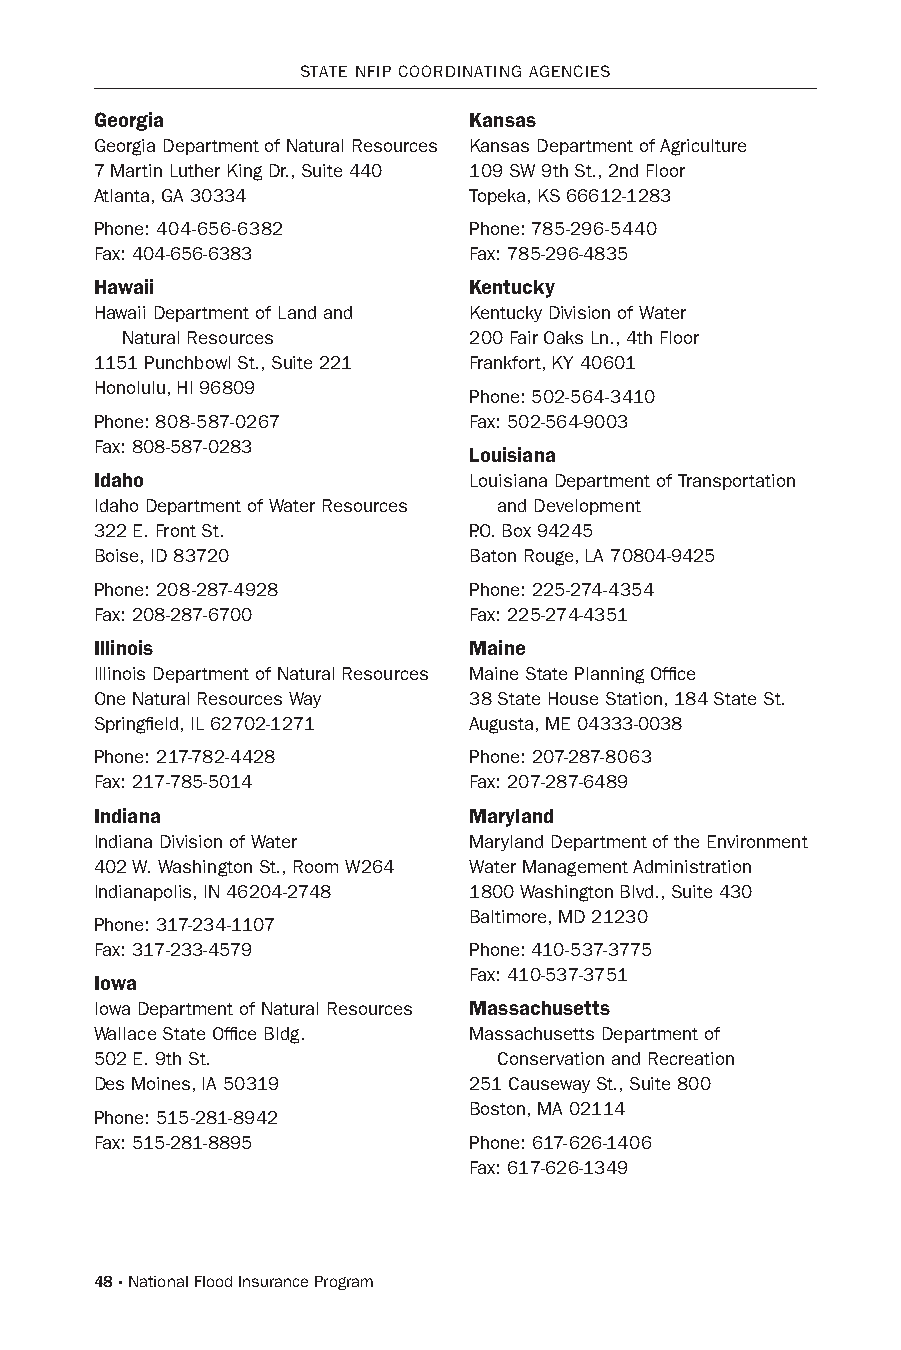
sTATE NFIP CooRDINATING AGENCIEs
 Georgia                  Kansas
 Georgia Department of Natural Resources Kansas Department of Agriculture
 7 Martin Luther King Dr., suite 440 109 sW 9th st., 2nd Floor
 Atlanta, GA 30334        Topeka, Ks 66612-1283
 Phone: 404-656-6382      Phone: 785-296-5440
 Fax: 404-656-6383        Fax: 785-296-4835
 Hawaii                   Kentucky
 hawaii Department of Land and Kentucky Division of Water
 Natural Resources      200 Fair oaks Ln., 4th Floor
 1151 Punchbowl st., suite 221 Frankfort, KY 40601
 honolulu, hI 96809
 Phone: 502-564-3410
 Phone: 808-587-0267      Fax: 502-564-9003
 Fax: 808-587-0283
 Louisiana
 Idaho                    Louisiana Department of Transportation
 Idaho Department of Water Resources and Development
 322 E. Front st.         P.o. Box 94245
 Boise, ID 83720          Baton Rouge, LA 70804-9425
 Phone: 208-287-4928      Phone: 225-274-4354
 Fax: 208-287-6700        Fax: 225-274-4351
 Illinois                 Maine
 Illinois Department of Natural Resources Maine state Planning office
 one Natural Resources Way 38 state house station, 184 state st.
 springfield, IL 62702-1271 Augusta, ME 04333-0038
 Phone: 217-782-4428      Phone: 207-287-8063
 Fax: 217-785-5014        Fax: 207-287-6489
 Indiana                  Maryland
 Indiana Division of Water Maryland Department of the Environment
 402 W. Washington st., Room W264 Water Management Administration
 Indianapolis, IN 46204-2748 1800 Washington Blvd., suite 430
 Baltimore, MD 21230
 Phone: 317-234-1107
 Fax: 317-233-4579        Phone: 410-537-3775
 Fax: 410-537-3751
 Iowa
 Iowa Department of Natural Resources Massachusetts
 Wallace state office Bldg. Massachusetts Department of
 502 E. 9th st.             Conservation and Recreation
 Des Moines, IA 50319     251 Causeway st., suite 800
 Boston, MA 02114
 Phone: 515-281-8942
 Fax: 515-281-8895        Phone: 617-626-1406
 Fax: 617-626-1349
 48 · National Flood Insurance Program